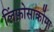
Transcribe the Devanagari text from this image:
लिंफ़ोसार्कोमा